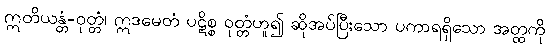
ဣတိယန္တံ-ဝုတ္တံ၊ ဣဒမေတံ ပဋိစ္စ ဝုတ္တံဟူ၍ ဆိုအပ်ပြီးသော ပကာရရှိသော အတ္ထကို